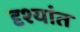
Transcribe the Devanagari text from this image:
दृश्यांत